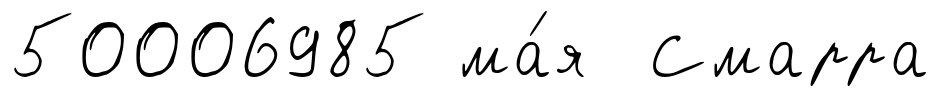
50006985 ма́я Смарра